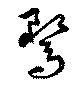
騖